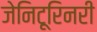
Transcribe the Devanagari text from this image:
जेनिटूरिनरी